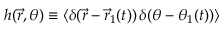
h ( \vec { r } , \theta ) \equiv \langle \delta ( \vec { r } - \vec { r } _ { 1 } ( t ) ) \, \delta ( \theta - \theta _ { 1 } ( t ) ) \rangle